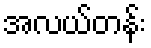
အလယ်တန်း